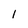
Character: 1